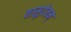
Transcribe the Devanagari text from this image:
वासुदेवम्